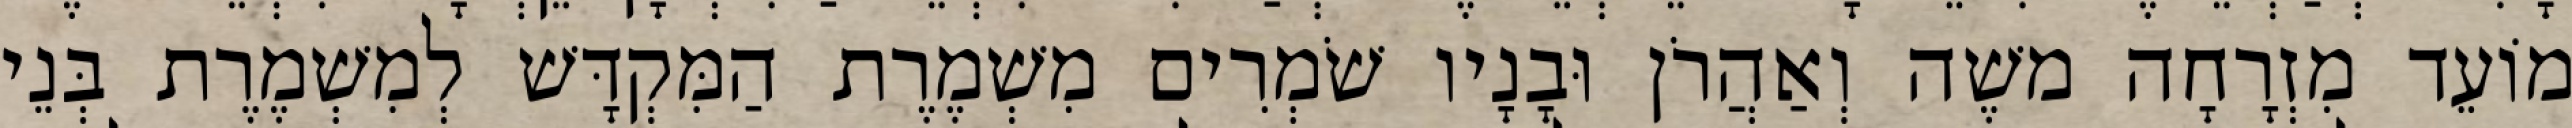
מוֹעֵד מִזְרָחָה משֶׁה וְאַהֲרֹן וּבָנָיו שֹׁמְרִים מִשְׁמֶרֶת הַמִּקְדָּשׁ לְמִשְׁמֶרֶת בְּנֵי